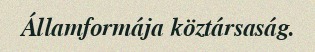
Államformája köztársaság.